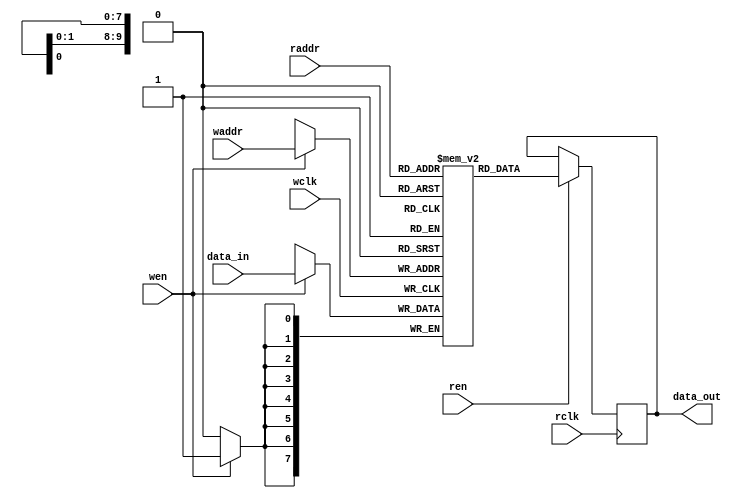
// This program was cloned from: https://github.com/lnis-uofu/OpenFPGA
// License: MIT License

//-----------------------------
// Dual-port RAM 1024x8 bit (8Kbit)
// Core logic
//-----------------------------
module dpram_1024x8_core (
  input wclk,
  input wen,
  input [0:9] waddr,
  input [0:7] data_in,
  input rclk,
  input ren,
  input [0:9] raddr,
  output [0:7] data_out );

  reg [0:7] ram[0:1023];
  reg [0:7] internal;

  assign data_out = internal;

  always @(posedge wclk) begin
    if(wen) begin
      ram[waddr] <= data_in;
    end
  end

  always @(posedge rclk) begin
    if(ren) begin
      internal <= ram[raddr];
    end
  end

endmodule

//-----------------------------
// Dual-port RAM 1024x8 bit (8Kbit) wrapper
// where the read clock and write clock
// are combined to a unified clock
//-----------------------------
module dpram_1024x8 (
  input clk,
  input wen,
  input ren,
  input [0:9] waddr,
  input [0:9] raddr,
  input [0:7] data_in,
  output [0:7] data_out );

    dpram_1024x8_core memory_0 (
      .wclk    (clk),
      .wen    (wen),
      .waddr    (waddr),
      .data_in  (data_in),
      .rclk    (clk),
      .ren    (ren),
      .raddr    (raddr),
      .data_out    (data_out) );

endmodule

//-----------------------------
// 36-bit multiplier
//-----------------------------
module mult_36(
  input [0:35] A,
  input [0:35] B,
  output [0:71] Y
);

assign Y = A * B;

endmodule